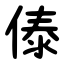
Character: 傣